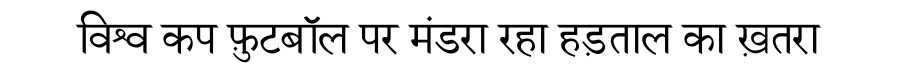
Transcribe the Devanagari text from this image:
विश्व कप फ़ुटबॉल पर मंडरा रहा हड़ताल का ख़तरा